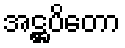
အဋ္ဌပိတော